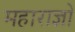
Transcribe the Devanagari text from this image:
महाराज्ञो